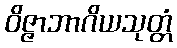
ဝိဇ္ဇာဘာဂိယသုတ္တံ